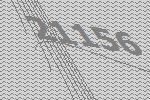
21156